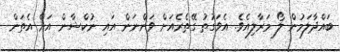
ބައްދާލަމުން ލޯ މަރާލިއެވެ. އެވަގުތު ގޭތެރެއަށް ވަންނަން އައި ނުކްޝާން އަށް އެތަން